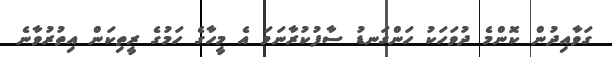
ގަވާއިދުން ކޮންމެ ދުވަހަކު ހަންގަނޑު ސާފުކުރާނަމަ އެ މީހާގެ ހަމުގެ ރީތިކަން އިތުރުވާނެ